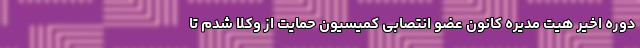
دوره اخیر هیت مدیره کانون عضو انتصابی کمیسیون حمایت از وکلا شدم تا